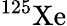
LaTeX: {}^{125}\mathrm{Xe}